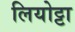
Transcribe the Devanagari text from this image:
लियोट्टा